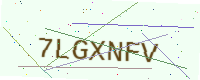
Text: 7LGXNFV